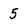
Character: 5